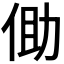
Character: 𪜾